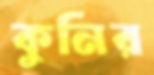
কুনির